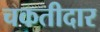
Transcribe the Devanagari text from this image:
चकतीदार